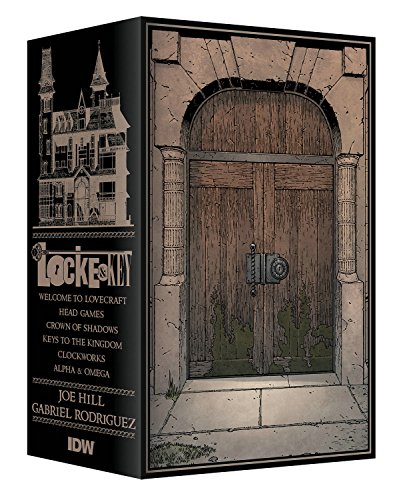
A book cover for Locke & Key Slipcase Set; Joe Hill; Comics & Graphic Novels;